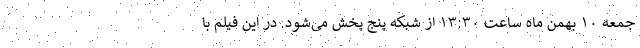
جمعه ۱۰ بهمن ماه ساعت ۱۳:۳۰ از شبکه پنج پخش می‌شود. در این فیلم با